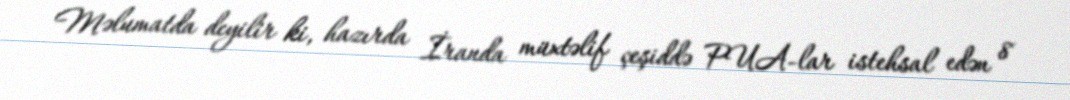
Məlumatda deyilir ki, hazırda İranda müxtəlif çeşiddə PUA-lar istehsal edən 8